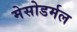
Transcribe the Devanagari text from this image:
मेसोडर्मल